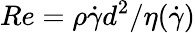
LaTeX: Re=\rho\dot{\gamma}d^{2}/\eta(\dot{\gamma})